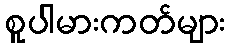
စူပါမားကတ်များ